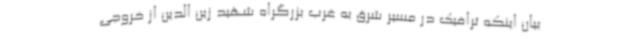
بیان اینکه ترافیک در مسیر شرق به غرب بزرگراه شهید زین الدین از خروجی